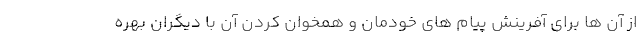
از آن ها برای آفرینش پیام های خودمان و همخوان کردن آن با دیگران بهره